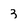
Character: 3